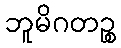
ဘူမိဂတဉ္စ